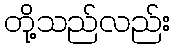
တို့သည်လည်း